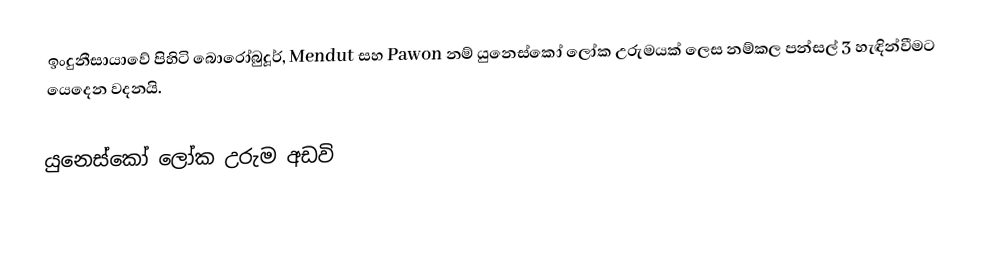
ඉංදුනීසායාවේ පිහිටි බොරෝබුදූර්, Mendut සහ Pawon නම් යුනෙස්කෝ ලෝක උරුමයක් ලෙස නම්කල පන්සල් 3 හැඳින්වීමට යෙදෙන වදනයි.

යුනෙස්කෝ ලෝක උරුම අඩවි